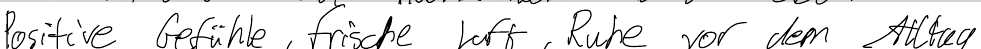
Positive Gefühle, frische Luft, Ruhe vor dem Alltag